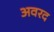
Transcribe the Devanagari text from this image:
अवरद